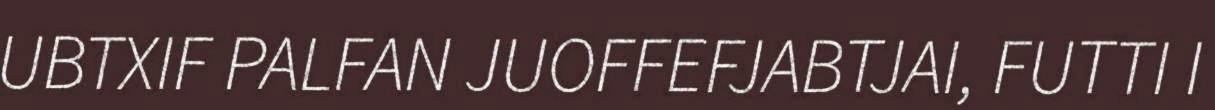
UBTXIF PALFAN JUOFFEFJABTJAI, FUTTI I